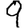
Digit: 9